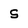
Character: S